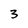
Character: 3